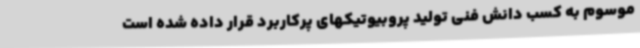
موسوم به کسب دانش فنی تولید پروبیوتیکهای پرکاربرد قرار داده شده است